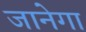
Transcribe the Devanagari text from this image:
जानेगा